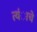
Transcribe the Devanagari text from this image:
त्यंाचे